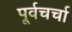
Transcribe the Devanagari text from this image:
पूर्वचर्चा